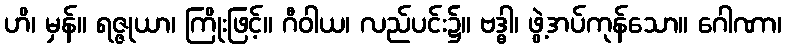
ဟိ၊ မှန်။ ရဇ္ဇုယာ၊ ကြိုးဖြင့်။ ဂီဝါယ၊ လည်ပင်း၌။ ဗဒ္ဓါ၊ ဖွဲ့အပ်ကုန်သော။ ဂေါဏာ၊